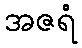
အဇရံ